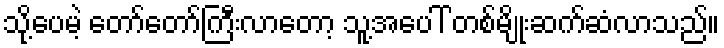
သို့ပေမဲ့ တော်တော်ကြီးလာတော့ သူ့အပေါ် တစ်မျိုးဆက်ဆံလာသည်။